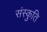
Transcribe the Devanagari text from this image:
संस्कुति